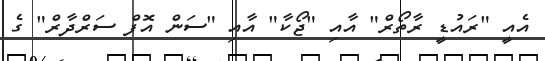
އެއީ "ރައުޑީ ރާތޯރް" އާއި "ޖޯކާ" އާއި "ސަން އޮފް ސަރްދާރް" ގެ